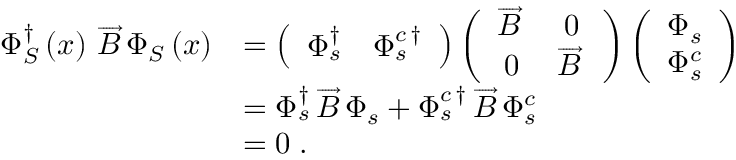
\begin{array} { r l } { \Phi _ { S } ^ { \dag } \left( x \right) \, \overrightarrow { B } \, \Phi _ { S } \left( x \right) } & { = \left( \begin{array} { c c } { \Phi _ { s } ^ { \dag } } & { \Phi _ { s } ^ { c \, \dag } } \end{array} \right) \left( \begin{array} { c c } { \overrightarrow { B } \, } & { 0 } \\ { 0 } & { \overrightarrow { B } \, } \end{array} \right) \left( \begin{array} { c } { \Phi _ { s } } \\ { \Phi _ { s } ^ { c } } \end{array} \right) } \\ & { = \Phi _ { s } ^ { \dag } \, \overrightarrow { B } \, \Phi _ { s } + \Phi _ { s } ^ { c \, \dag } \, \overrightarrow { B } \, \Phi _ { s } ^ { c } } \\ & { = 0 \; . } \end{array}